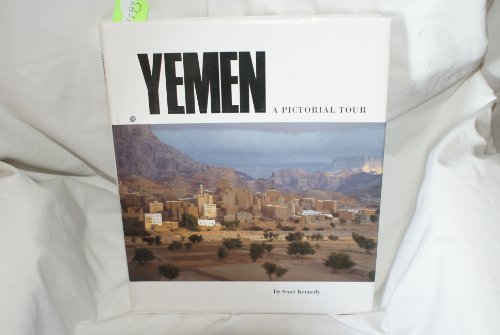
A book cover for Yemen: A Pictorial Guide; Scott Kennedy; Travel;